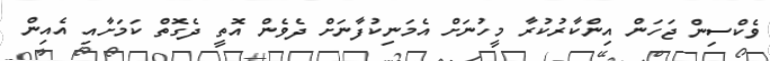
ވެކްސިން ޖަހަން އިންކާރުކުރާ މީހުނަށް އެމަނިކުފާނަށް ދެވެން އޮތީ ދެގޮތް ކަމަށާއި އެއިން